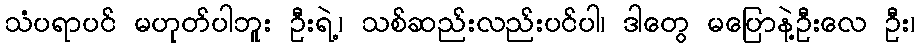
သံပရာပင် မဟုတ်ပါဘူး ဦးရဲ့၊ သစ်ဆည်းလည်းပင်ပါ၊ ဒါတွေ မပြောနဲ့ဦးလေ ဦး၊